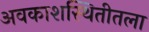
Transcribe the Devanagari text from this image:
अवकाशस्थितीतला